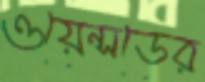
ওয়েন্সডের